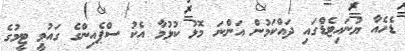
ޑެހެއާ ޔުނައިޓެޑްގައި ދައްކަމުން އަންނަ މޮޅު ކުޅުމާ އެކު ސްޕެއިންގެ ގައުމީ ޓީމުގެ